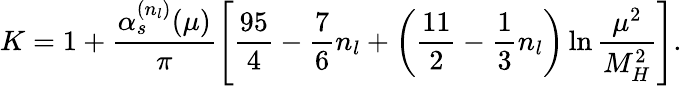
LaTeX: K=1+\frac{\alpha_{s}^{(n_{l})}(\mu)}{\pi}\left[\frac{95}{4}-\frac{7}{6}n_{l}+\left(\frac{11}{2}-\frac{1}{3}n_{l}\right)\ln\frac{\mu^{2}}{M_{H}^{2}}\right].